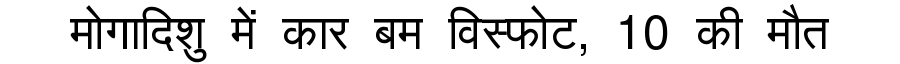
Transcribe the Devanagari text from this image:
मोगादिशु में कार बम विस्फोट, 10 की मौत